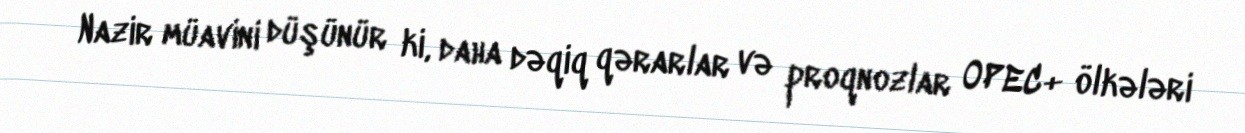
Nazir müavini düşünür ki, daha dəqiq qərarlar və proqnozlar OPEC+ ölkələri